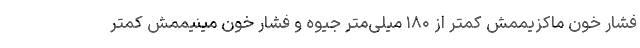
فشار خون ماکزیممش کمتر از ۱۸۰ میلی‌متر جیوه و فشار خون مینیممش کمتر